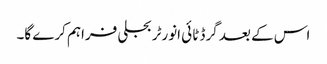
اس کے بعد گرڈ ٹائی انورٹر بجلی فراہم کرے گا۔